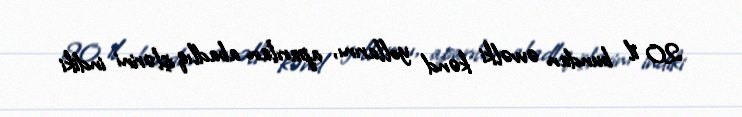
20 il bundan əvvəlki kənd yollarını, aparılan abadlıq işlərini indiki